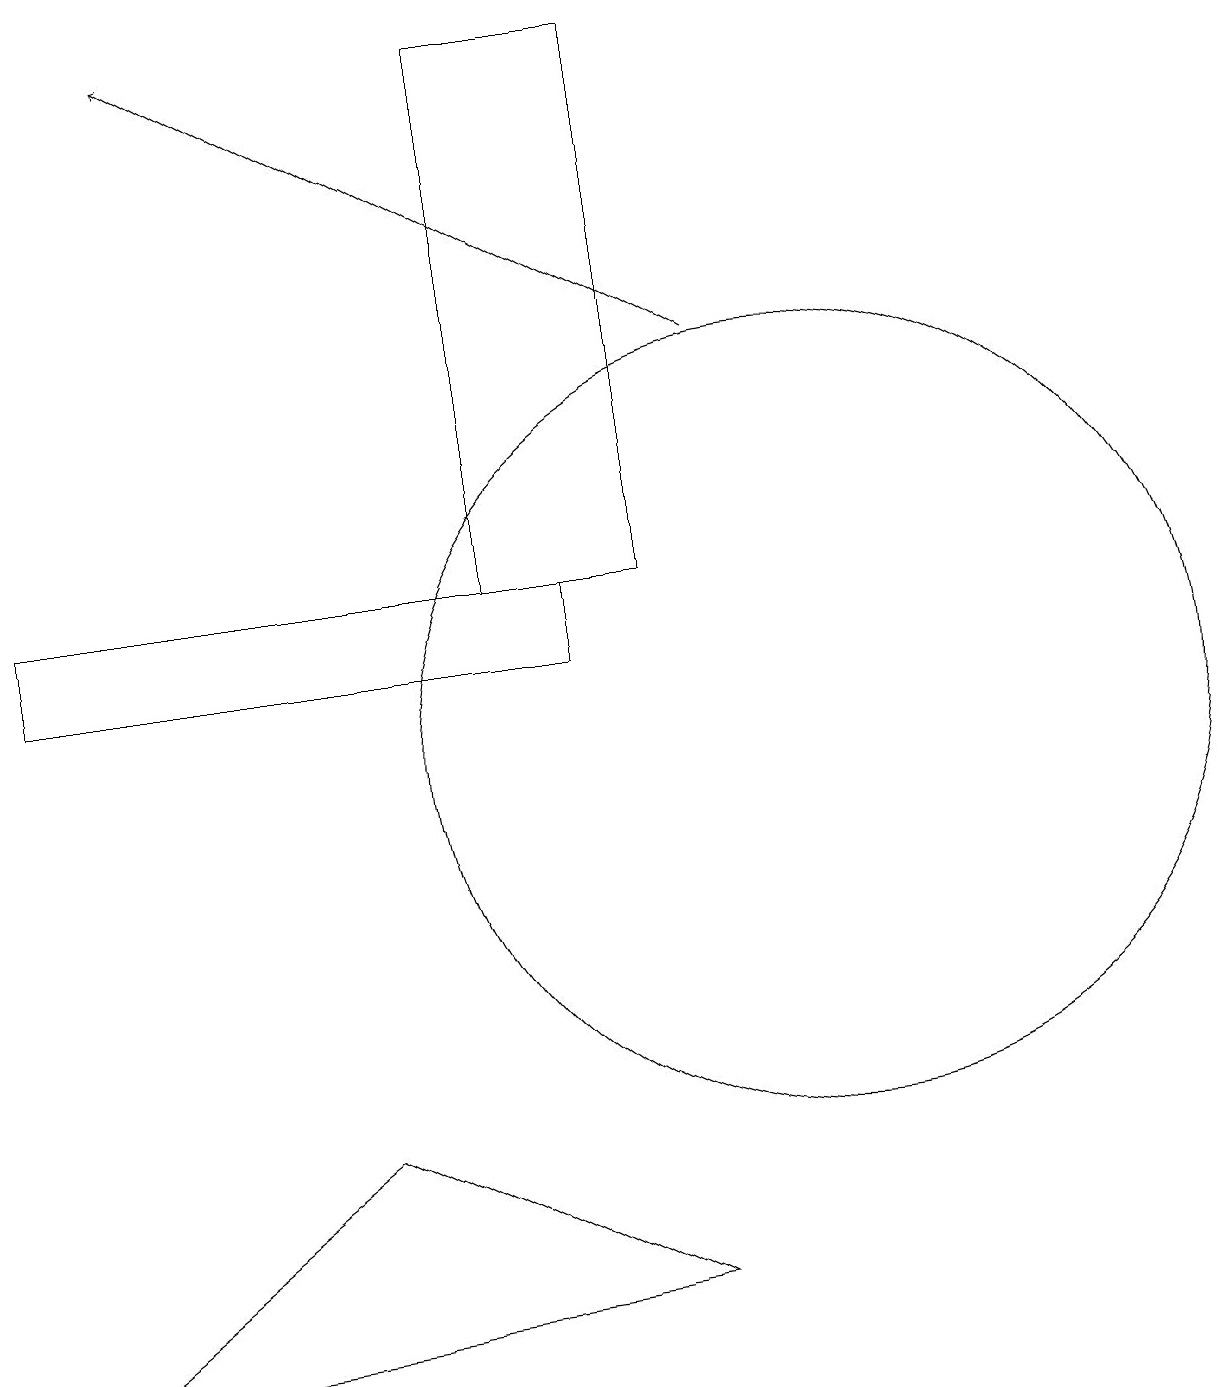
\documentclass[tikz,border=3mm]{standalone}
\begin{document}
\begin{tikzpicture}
\draw[->] (9,15) -- (2,19);
\draw (7,11) rectangle (0,12);
\draw (10,10) circle (5);
\draw (8,12) rectangle (6,19);
\draw (4,5) -- (0,2) -- (8,3) -- cycle;
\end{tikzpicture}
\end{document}